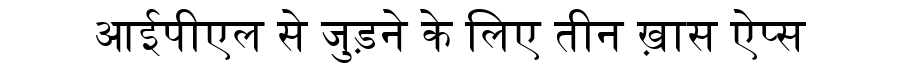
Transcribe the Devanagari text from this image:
आईपीएल से जुड़ने के लिए तीन ख़ास ऐप्स